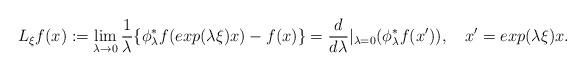
\begin{align*}{L}_{\xi}f(x):=\lim_{\lambda \rightarrow0}\frac{1}{\lambda}\{\phi_\lambda^* f(exp(\lambda\xi)x)-f(x)\}=\frac{d}{d\lambda}|_{\lambda=0}(\phi_\lambda^*f(x')),\quad x'=exp(\lambda \xi)x.\end{align*}